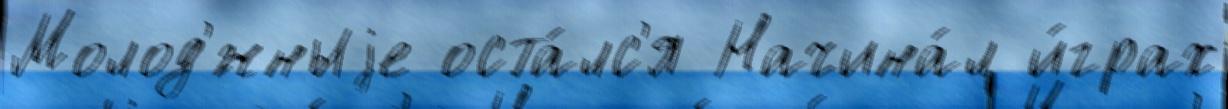
Молод'́жныjе оста́лс'я Начина́л и́грах